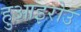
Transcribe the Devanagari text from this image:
हुआइरोउ